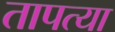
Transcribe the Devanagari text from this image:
तापत्या